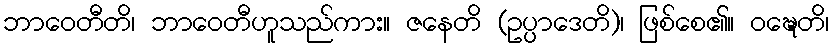
ဘာဝေတီတိ၊ ဘာဝေတီဟူသည်ကား။ ဇနေတိ (ဥပ္ပာဒေတိ)၊ ဖြစ်စေ၏။ ဝဍ္ဎေတိ၊